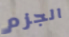
الجزم